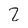
Character: 2